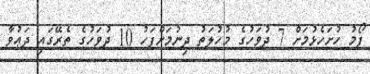
ފޯމު ހުށަހެޅުމަށް 7 ދުވަހުގެ މުހުލަތު ދިނުމަށްފަހު 10 ދުވަހުގެ ތެރޭގައި ދަޢުވާ